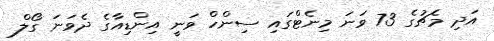
އަދި މެޗުގެ 73 ވަނަ މިނެޓްގައި ސިންހް ވަނީ އިންޑިއާގެ ދެވަނަ ގޯލް